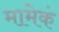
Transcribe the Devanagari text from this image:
मामेकं